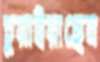
চুয়াইয়াছেন